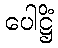
ပေါဋ္ဌိံ